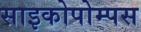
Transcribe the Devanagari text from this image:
साइकोपोम्पस